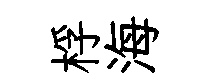
桴海